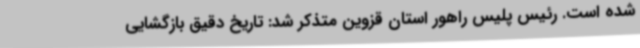
شده است. رئیس پلیس راهور استان قزوین متذکر شد: تاریخ دقیق بازگشایی